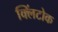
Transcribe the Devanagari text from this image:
क्लिंटोक